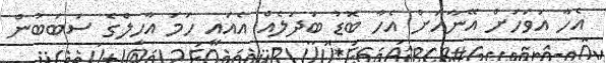
އެހާ އަވަހަށް އޭނާއަށް އެހާ ބޮޑު ބަދަލެއް އެއައީ ހަމަ އާހިލްގެ ސަބަބުން